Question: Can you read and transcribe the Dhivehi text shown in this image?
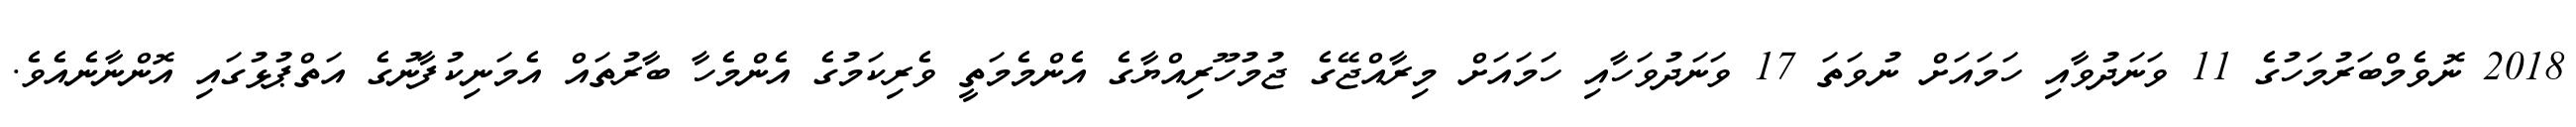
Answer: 2018 ނޮވެމްބަރުމަހުގެ 11 ވަނަދުވާއި ހަމައަށް ނުވަތަ 17 ވަނަދުވަހާއި ހަމައަށް މިރާއްޖޭގެ ޖުމުހޫރިއްޔާގެ އެންމެމަތީ ވެރިކަމުގެ އެންމެހާ ބާރުތައް އެމަނިކުފާނުގެ އަތްޕުޅުގައި އޮންނާނެއެވެ.